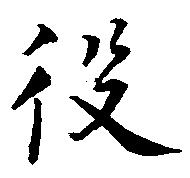
役